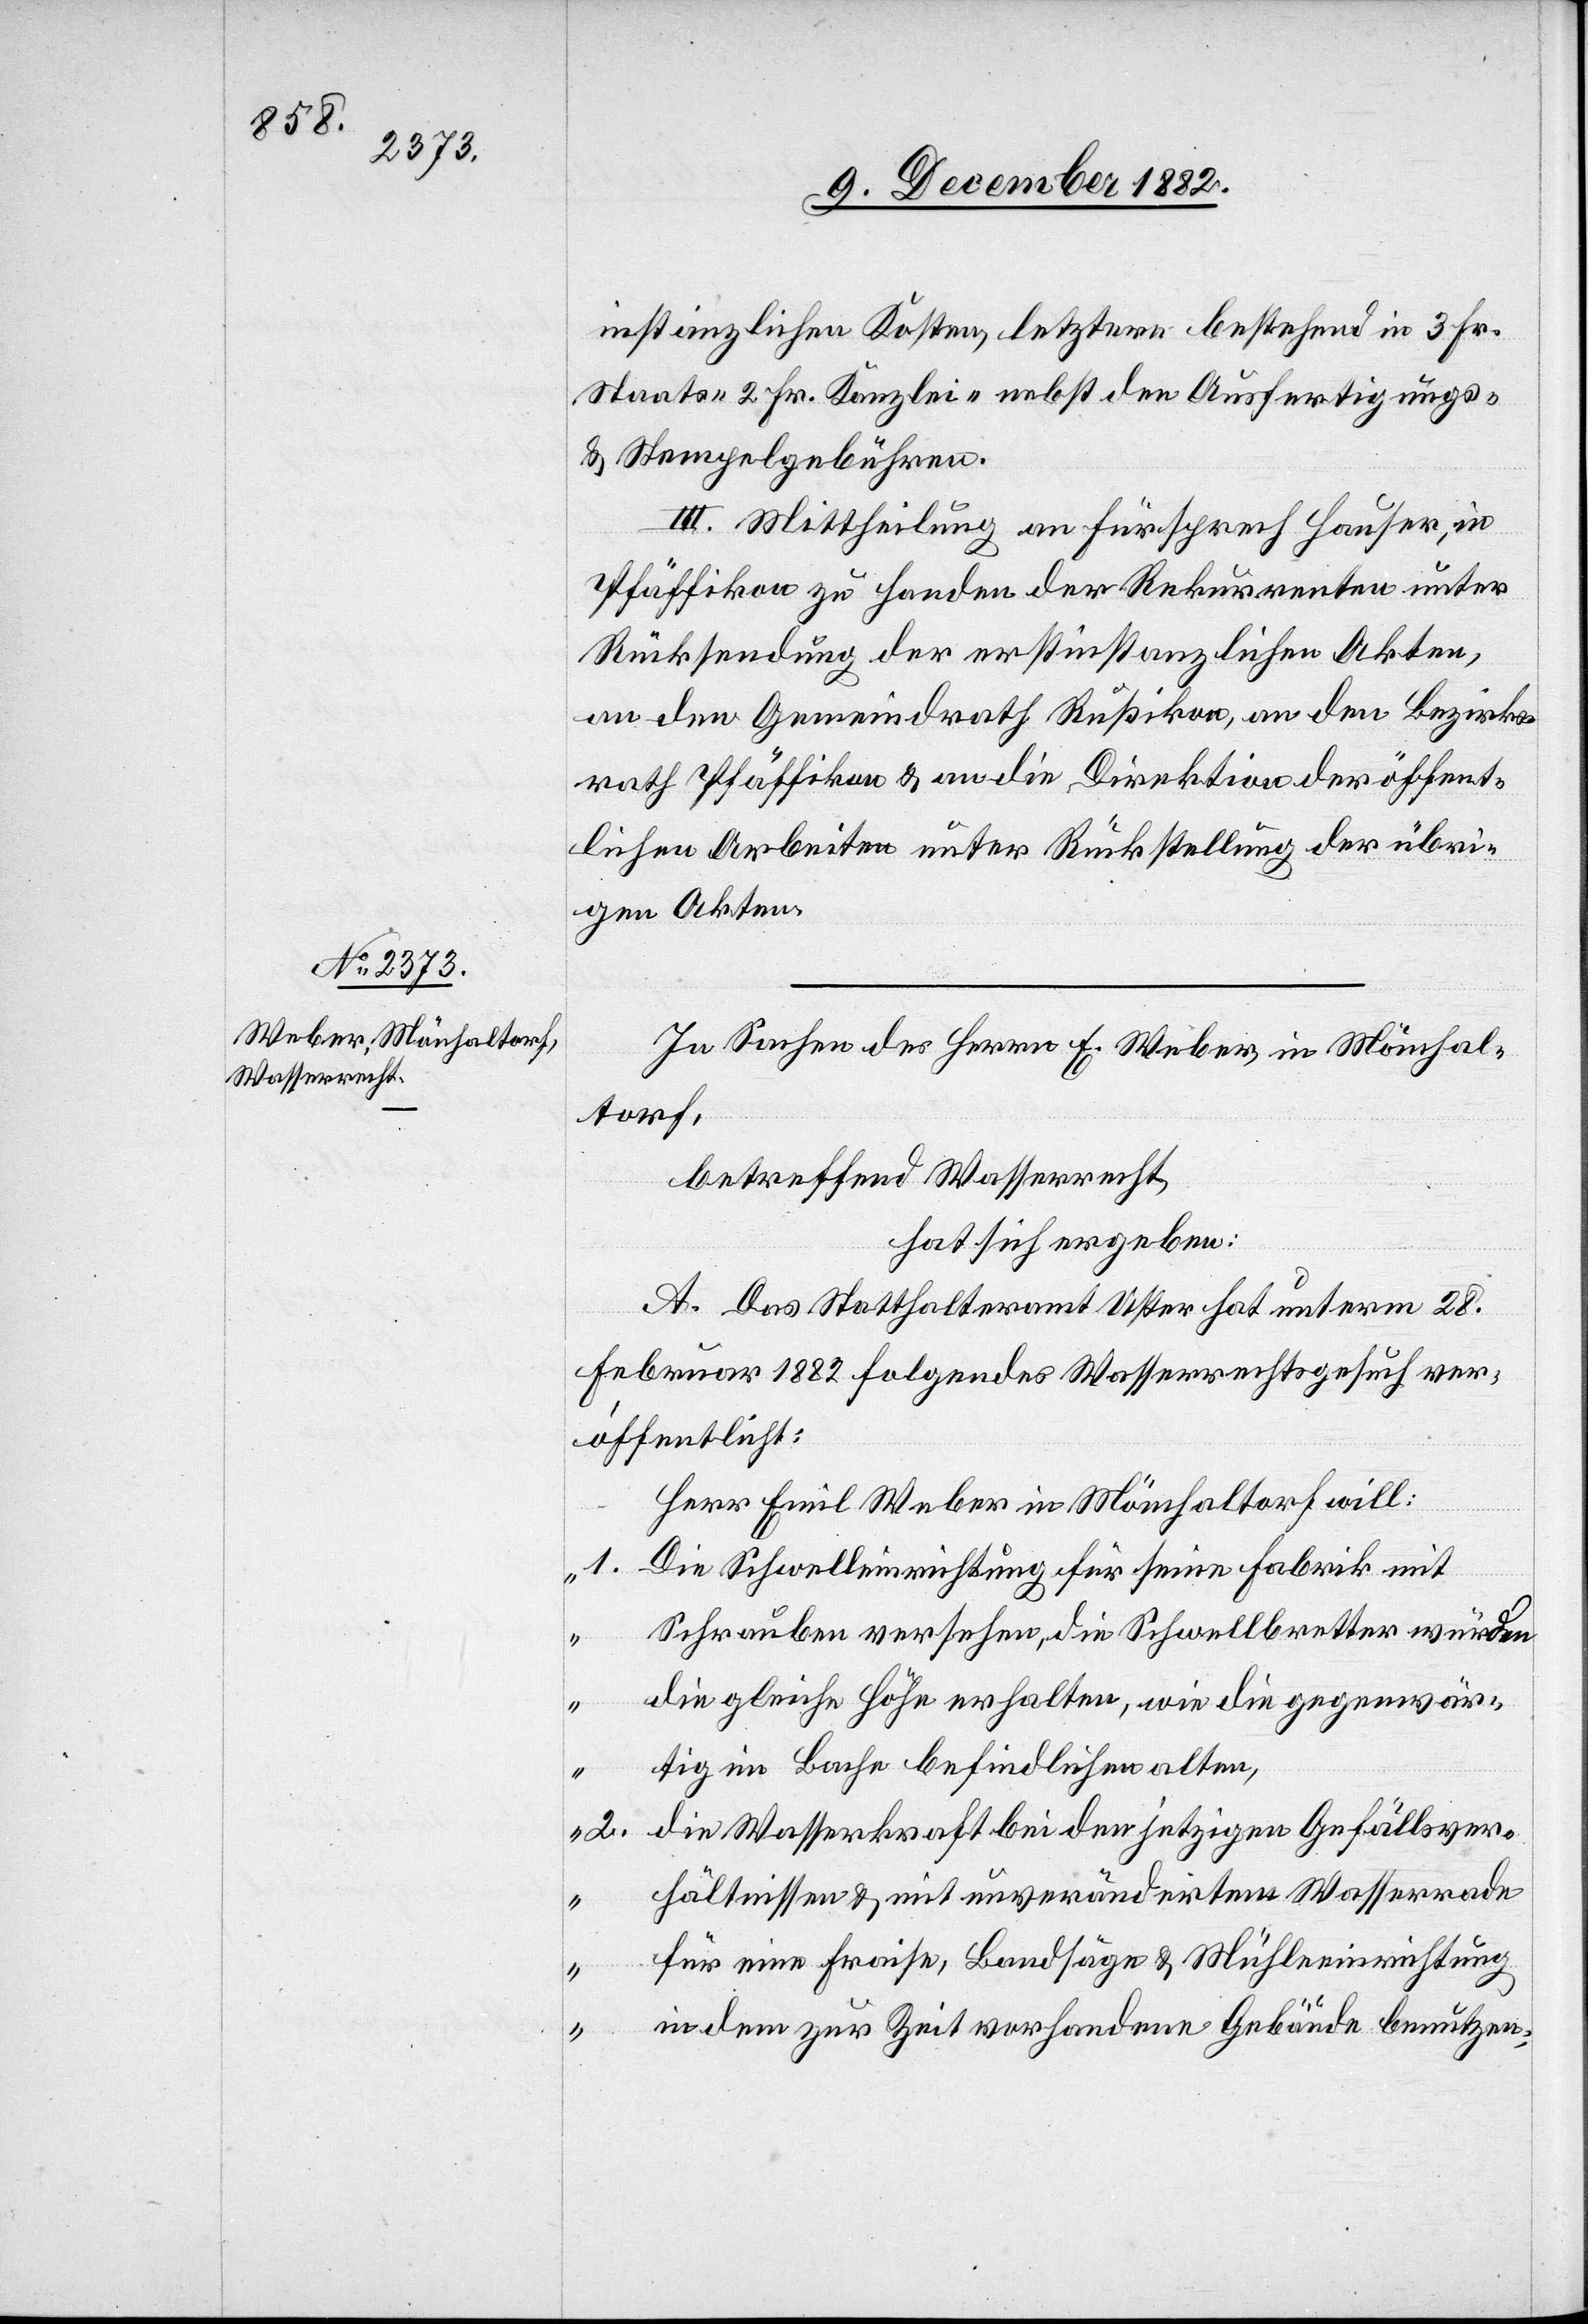
stanzlichen Kosten, letztere bestehend in 3 Fr.
Staats- 2 Fr. Kanzlei- nebst den Ausfertigungs-
& Stempelgebühren.
III. Mittheilung an Fürsprech Hauser, in
Pfäffikon zu Handen der Rekurrenten unter
Rücksendung der erstinstanzlichen Akten,
an den Gemeindrath Rußikon, an den Bezirks¬
rath Pfäffikon & an die Direktion der öffent¬
lichen Arbeiten unter Rückstellung der übri¬
gen Akten.
In Sachen des Herrn E. Weber, in Mönchal¬
torf,
betreffend Wasserrecht,
hat sich ergeben:
A. Das Statthalteramt Uster hat unterm 28.
Februar 1882 folgendes Wasserrechtsgesuch ver¬
öffentlicht:
Her Emil Weber in Mönchaltorf will:
„1.
Die Schwelleinrichtung für seine Fabrik mit
Schrauben versehen, die Schwellbretter würden
die gleiche Höhe erhalten, wie die gegenwär¬
tig im Bache befindlichen alten,
die Wasserkraft bei den jetzigen Gefällsver¬
hältnissen & mit unverändertem Wasserrade
für eine Fraise, Bandsäge & Mühleeinrichtung
in dem zur Zeit vorhandenen Gebäude benutzen,